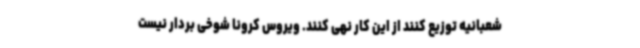
شعبانیه توزیع کنند از این کار نهی کنند. ویروس کرونا شوخی بردار نیست